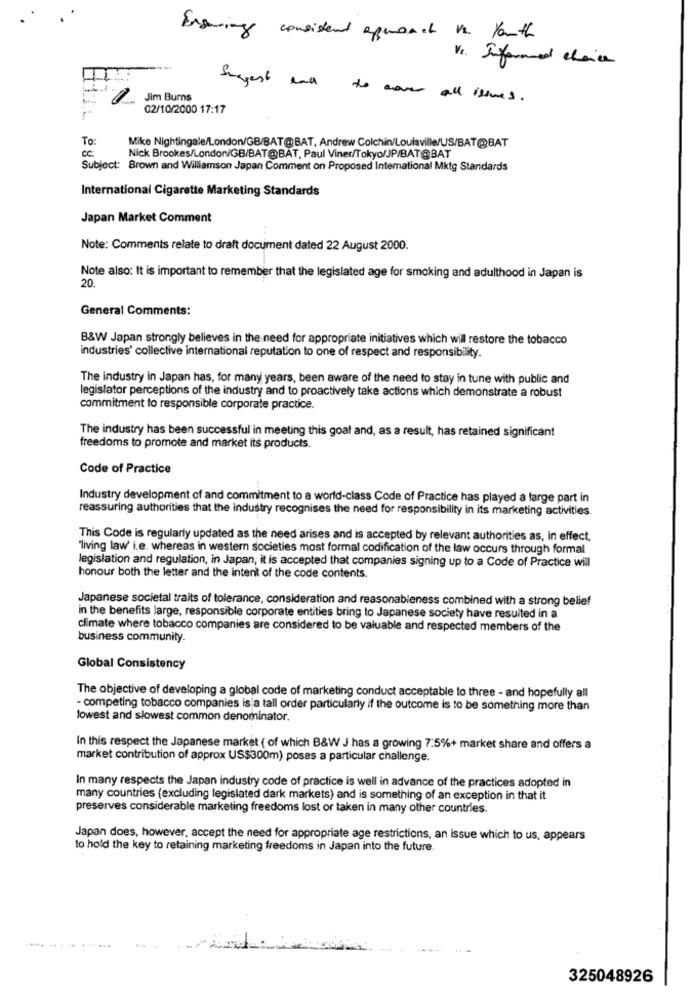
Ensuring consistent apmonat in youth
VI. Informed choice
--
Jim Burns
Sugest ant to cover all issues.
02/10/2000 17:17
To:
CC.
Mike Nightingale/London/GB/BAT@BAT, Andrew Colchin/Louisville/US/BAT@BAT
Nick Brookes/London/GB/BAT@BAT, Paul Viner/Tokyo/JP/BAT@BAT
Subject: Brown and Williamson Japan Comment on Proposed Intemational Mktg Standards
International Cigarette Marketing Standards
Japan Market Comment
Note: Comments relate to draft document dated 22 August 2000.
Note also: It is important to remember that the legislated age for smoking and adulthood in Japan is
20.
General Comments:
B&W Japan strongly believes in the need for appropriate initiatives which will restore the tobacco
industries' collective international reputation to one of respect and responsibility.
The industry in Japan has, for many years, been aware of the need to stay in tune with public and
legislator perceptions of the industry and to proactively take actions which demonstrate a robust
commitment to responsible corporate practice.
The industry has been successful in meeting this goal and, as a result, has retained significant
freedoms to promote and market its products.
Code of Practice
Industry development of and commitment to a world-class Code of Practice has played a large part in
reassuring authorities that the industry recognises the need for responsibility in its marketing activities.
This Code is regularly updated as the need arises and is accepted by relevant authorities as, in effect,
"living law' i.e. whereas in western societies most formal codification of the law occurs through formal
legislation and regulation, in Japan, it is accepted that companies signing up to a Code of Practice will
honour both the letter and the intent of the code contents.
Japanese societal traits of tolerance, consideration and reasonableness combined with a strong belief
in the benefits large, responsible corporate entities bring to Japanese society have resulted in a
climate where tobacco companies are considered to be valuable and respected members of the
business community.
Global Consistency
The objective of developing a global code of marketing conduct acceptable to three - and hopefully all
- competing tobacco companies is a tall order particularly if the outcome is to be something more than
Jowest and slowest common denominator.
In this respect the Japanese market ( of which B&W J has a growing 7.5%+ market share and offers a
market contribution of approx US$300m) poses a particular challenge.
In many respects the Japan industry code of practice is well in advance of the practices adopted in
many countries (excluding legislated dark markets) and is something of an exception in that it
preserves considerable marketing freedoms lost or taken in many other countries.
Japan does, however, accept the need for appropriate age restrictions, an issue which to us, appears
to hold the key to retaining marketing freedoms in Japan into the future.
325048926